Vaccination in Bombay 1863-1868 - 1863-1868
Year: 1863
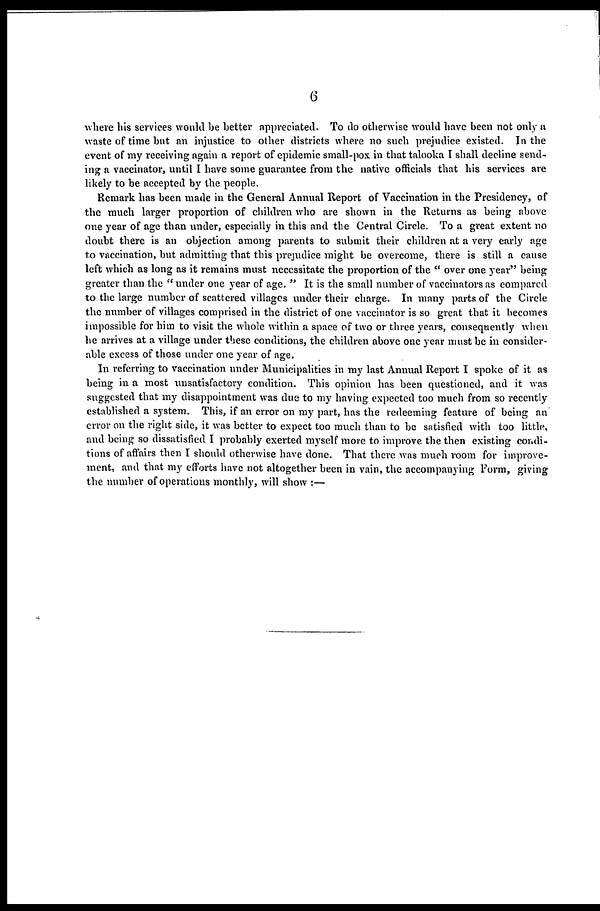
6
where his services would be better appreciated. To do otherwise would have been not only a
waste of time but an injustice to other districts where no such prejudice existed. In the
event of my receiving again a report of epidemic small-pox in that talooka I shall decline send-
ing a vaccinator, until I have some guarantee from the native officials that his services are
likely to be accepted by the people.
Remark has been made in the General Annual Report of Vaccination in the Presidency, of
the much larger proportion of children who are shown in the Returns as being above
one year of age than under, especially in this and the Central Circle. To a great extent no
doubt there is an objection among parents to submit their children at a very early age
to vaccination, but admitting that this prejudice might be overcome, there is still a cause
left which as long as it remains must necessitate the proportion of the " over one year" being
greater than the " under one year of age. " It is the small number of vaccinators as compared
to the large number of scattered villages under their charge. In many parts of the Circle
the number of villages comprised in the district of one vaccinator is so great that it becomes
impossible for him to visit the whole within a space of two or three years, consequently when
he arrives at a village under these conditions, the children above one year must be in consider-
able excess of those under one year of age.
In referring to vaccination under Municipalities in my last Annual Report I spoke of it as
being in a most unsatisfactory condition. This opinion has been questioned, and it was
suggested that my disappointment was due to my having expected too much from so recently
established a system. This, if an error on my part, has the redeeming feature of being an
error on the right side, it was better to expect too much than to be satisfied with too little,
and being so dissatisfied I probably exerted myself more to improve the then existing condi-
tions of affairs then I should otherwise have done. That there was much room for improve-
ment, and that my efforts have not altogether been in vain, the accompanying Form, giving
the number of operations monthly, will show :—